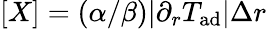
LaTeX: [X]=(\alpha/\beta)|\partial_{r}T_{\mathrm{ad}}|\Delta r